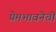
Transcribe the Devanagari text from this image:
प्रेमभावनेची